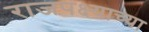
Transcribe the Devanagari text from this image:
राजपक्ष्याच्या